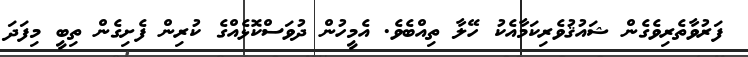
ފަރުވާތެރިވެގެން ޝައުޤުވެރިކަމާއެކު ހޭލާ ތިއްބެވެ. އެމީހުން ދުވަސްކޮޅެއްގެ ކުރިން ފެށިގެން ތިބީ މިފަދަ